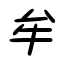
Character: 牟